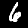
Digit: 6